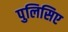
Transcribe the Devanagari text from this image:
पुलिसिए